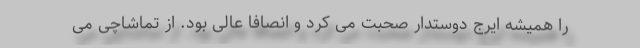
را هميشه ايرج دوستدار صحبت مى كرد و انصافاً عالى بود. از تماشاچى مى